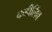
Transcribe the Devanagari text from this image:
कडीलिंब